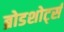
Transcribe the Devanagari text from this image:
ब्रोडशोर्ट्स